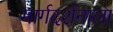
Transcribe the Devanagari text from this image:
मार्गदर्शनाला